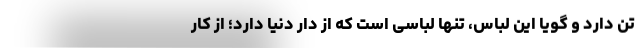
تن دارد و گویا این لباس، تنها لباسی است که از دار دنیا دارد؛ از کار